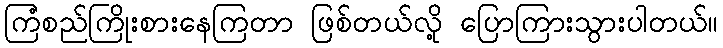
ကြံစည်ကြိုးစားနေကြတာ ဖြစ်တယ်လို့ ပြောကြားသွားပါတယ်။